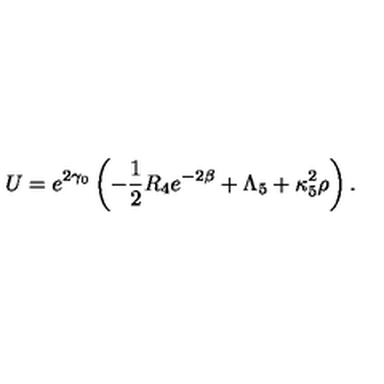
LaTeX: U = e ^ { 2 \gamma _ { 0 } } \left( - \frac 1 2 R _ { 4 } e ^ { - 2 \beta } + \Lambda _ { 5 } + \kappa _ { 5 } ^ { 2 } \rho \right) .